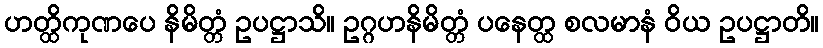
ဟတ္ထိကုဏပေ နိမိတ္တံ ဥပဋ္ဌာသိ။ ဥဂ္ဂဟနိမိတ္တံ ပနေတ္ထ စလမာနံ ဝိယ ဥပဋ္ဌာတိ။